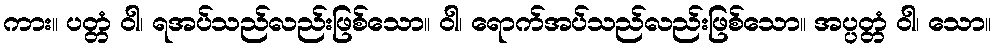
ကား။ ပတ္တံ ဝါ၊ ရအပ်သည်လည်းဖြစ်သော။ ဝါ၊ ရောက်အပ်သည်လည်းဖြစ်သော။ အပ္ပတ္တံ ဝါ၊ သော။